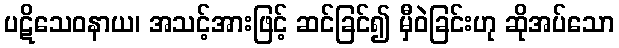
ပဋိသေဝနာယ၊ အသင့်အားဖြင့် ဆင်ခြင်၍ မှီဝဲခြင်းဟု ဆိုအပ်သော